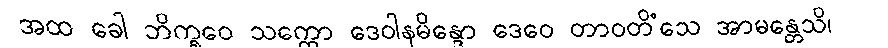
အထ ခေါ ဘိက္ခဝေ သက္ကော ဒေဝါနမိန္ဒော ဒေဝေ တာဝတိံသေ အာမန္တေသိ၊